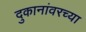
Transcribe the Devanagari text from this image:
दुकानांवरच्या